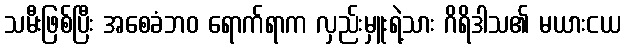
သမီးဖြစ်ပြီး အစေခံဘဝ ရောက်ရာက လှည်းမှူးရဲ့သား ဂိရိဒါသ၏ မယားငယ